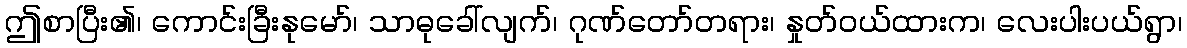
ဤစာပြီး၏၊ ကောင်းခြီးနုမော်၊ သာဓုခေါ်လျက်၊ ဂုဏ်တော်တရား၊ နှုတ်ဝယ်ထားက၊ လေးပါးပယ်ရွာ၊